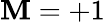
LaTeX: \mathbf{M}=+1